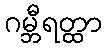
ဂမ္ဘီရတ္ထာ